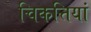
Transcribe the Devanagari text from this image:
चिकत्तियां